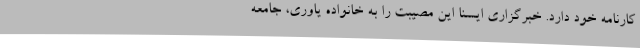
کارنامه خود دارد. خبرگزاری ایسنا این مصیبت را به خانواده یاوری، جامعه